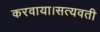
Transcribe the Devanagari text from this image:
करवाया।सत्यवती